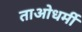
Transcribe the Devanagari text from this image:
ताओधर्मी